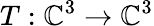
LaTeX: T:\mathbb{C}^{3}\to\mathbb{C}^{3}